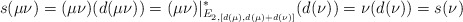
\begin{align*}s(\mu\nu)=(\mu\nu)(d(\mu\nu))=(\mu\nu)|^*_{E_{2,[d(\mu), d(\mu) + d(\nu)]}}(d(\nu))= \nu(d(\nu))=s(\nu)\end{align*}